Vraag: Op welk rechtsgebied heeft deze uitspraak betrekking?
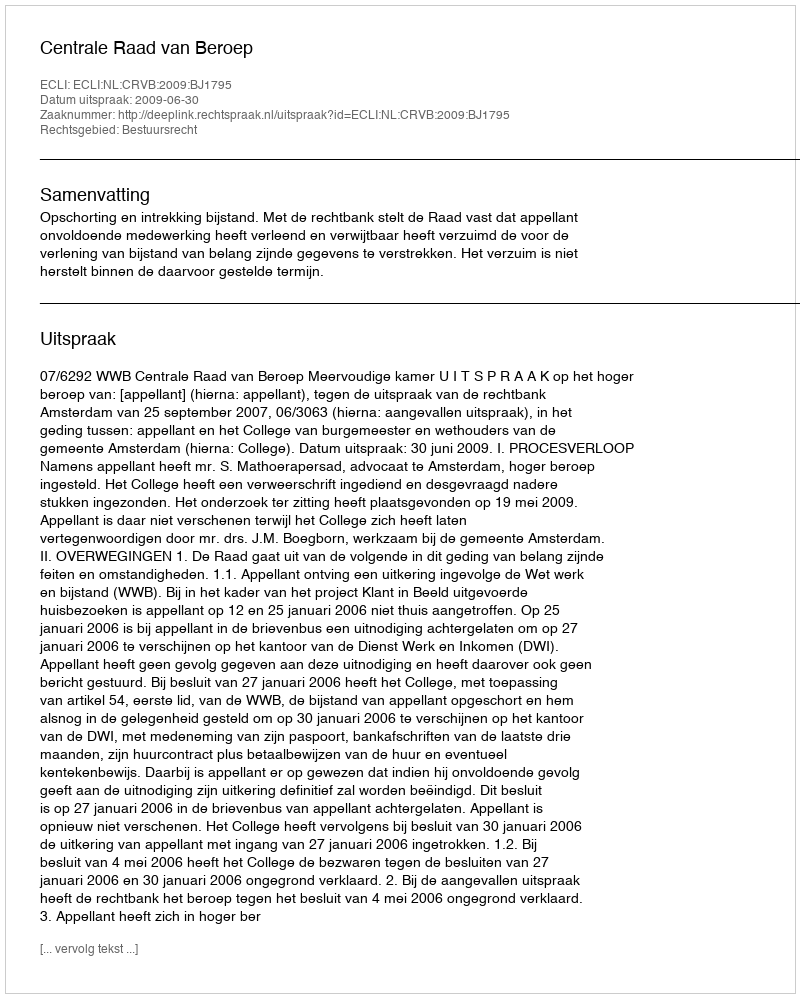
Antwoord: Bestuursrecht